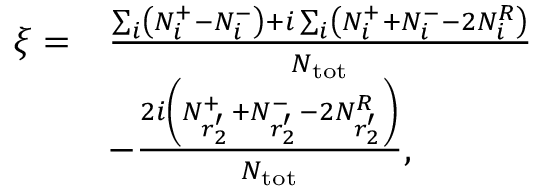
\begin{array} { r l } { \xi = } & { \frac { \sum _ { i } \left( N _ { i } ^ { + } - N _ { i } ^ { - } \right) + i \sum _ { i } \left( N _ { i } ^ { + } + N _ { i } ^ { - } - 2 N _ { i } ^ { R } \right) } { N _ { \mathrm { t o t } } } } \\ & { - \frac { 2 i \left( N _ { r _ { 2 } ^ { \prime } } ^ { + } + N _ { r _ { 2 } ^ { \prime } } ^ { - } - 2 N _ { r _ { 2 } ^ { \prime } } ^ { R } \right) } { N _ { \mathrm { t o t } } } , } \end{array}